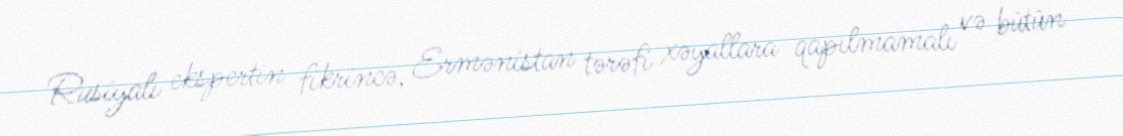
Rusiyalı ekspertin fikrincə, Ermənistan tərəfi xəyallara qapılmamalı və bütün